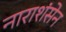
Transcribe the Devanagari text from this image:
नाराशंसेन